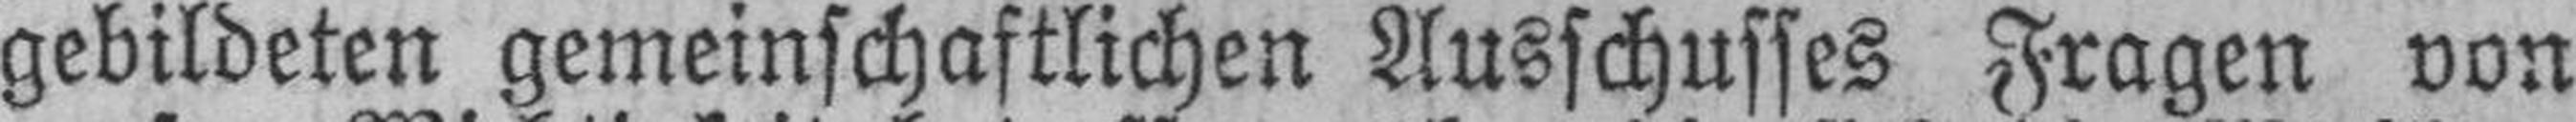
gebildeten gemeinschaftlichen Ausschusses Fragen von